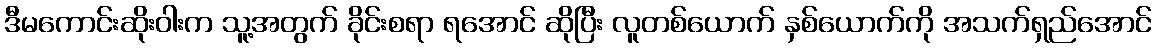
ဒီမကောင်းဆိုးဝါးက သူ့အတွက် ခိုင်းစရာ ရအောင် ဆိုပြီး လူတစ်ယောက် နှစ်ယောက်ကို အသက်ရှည်အောင်